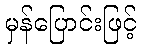
မှန်ပြောင်းဖြင့်